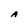
Character: A